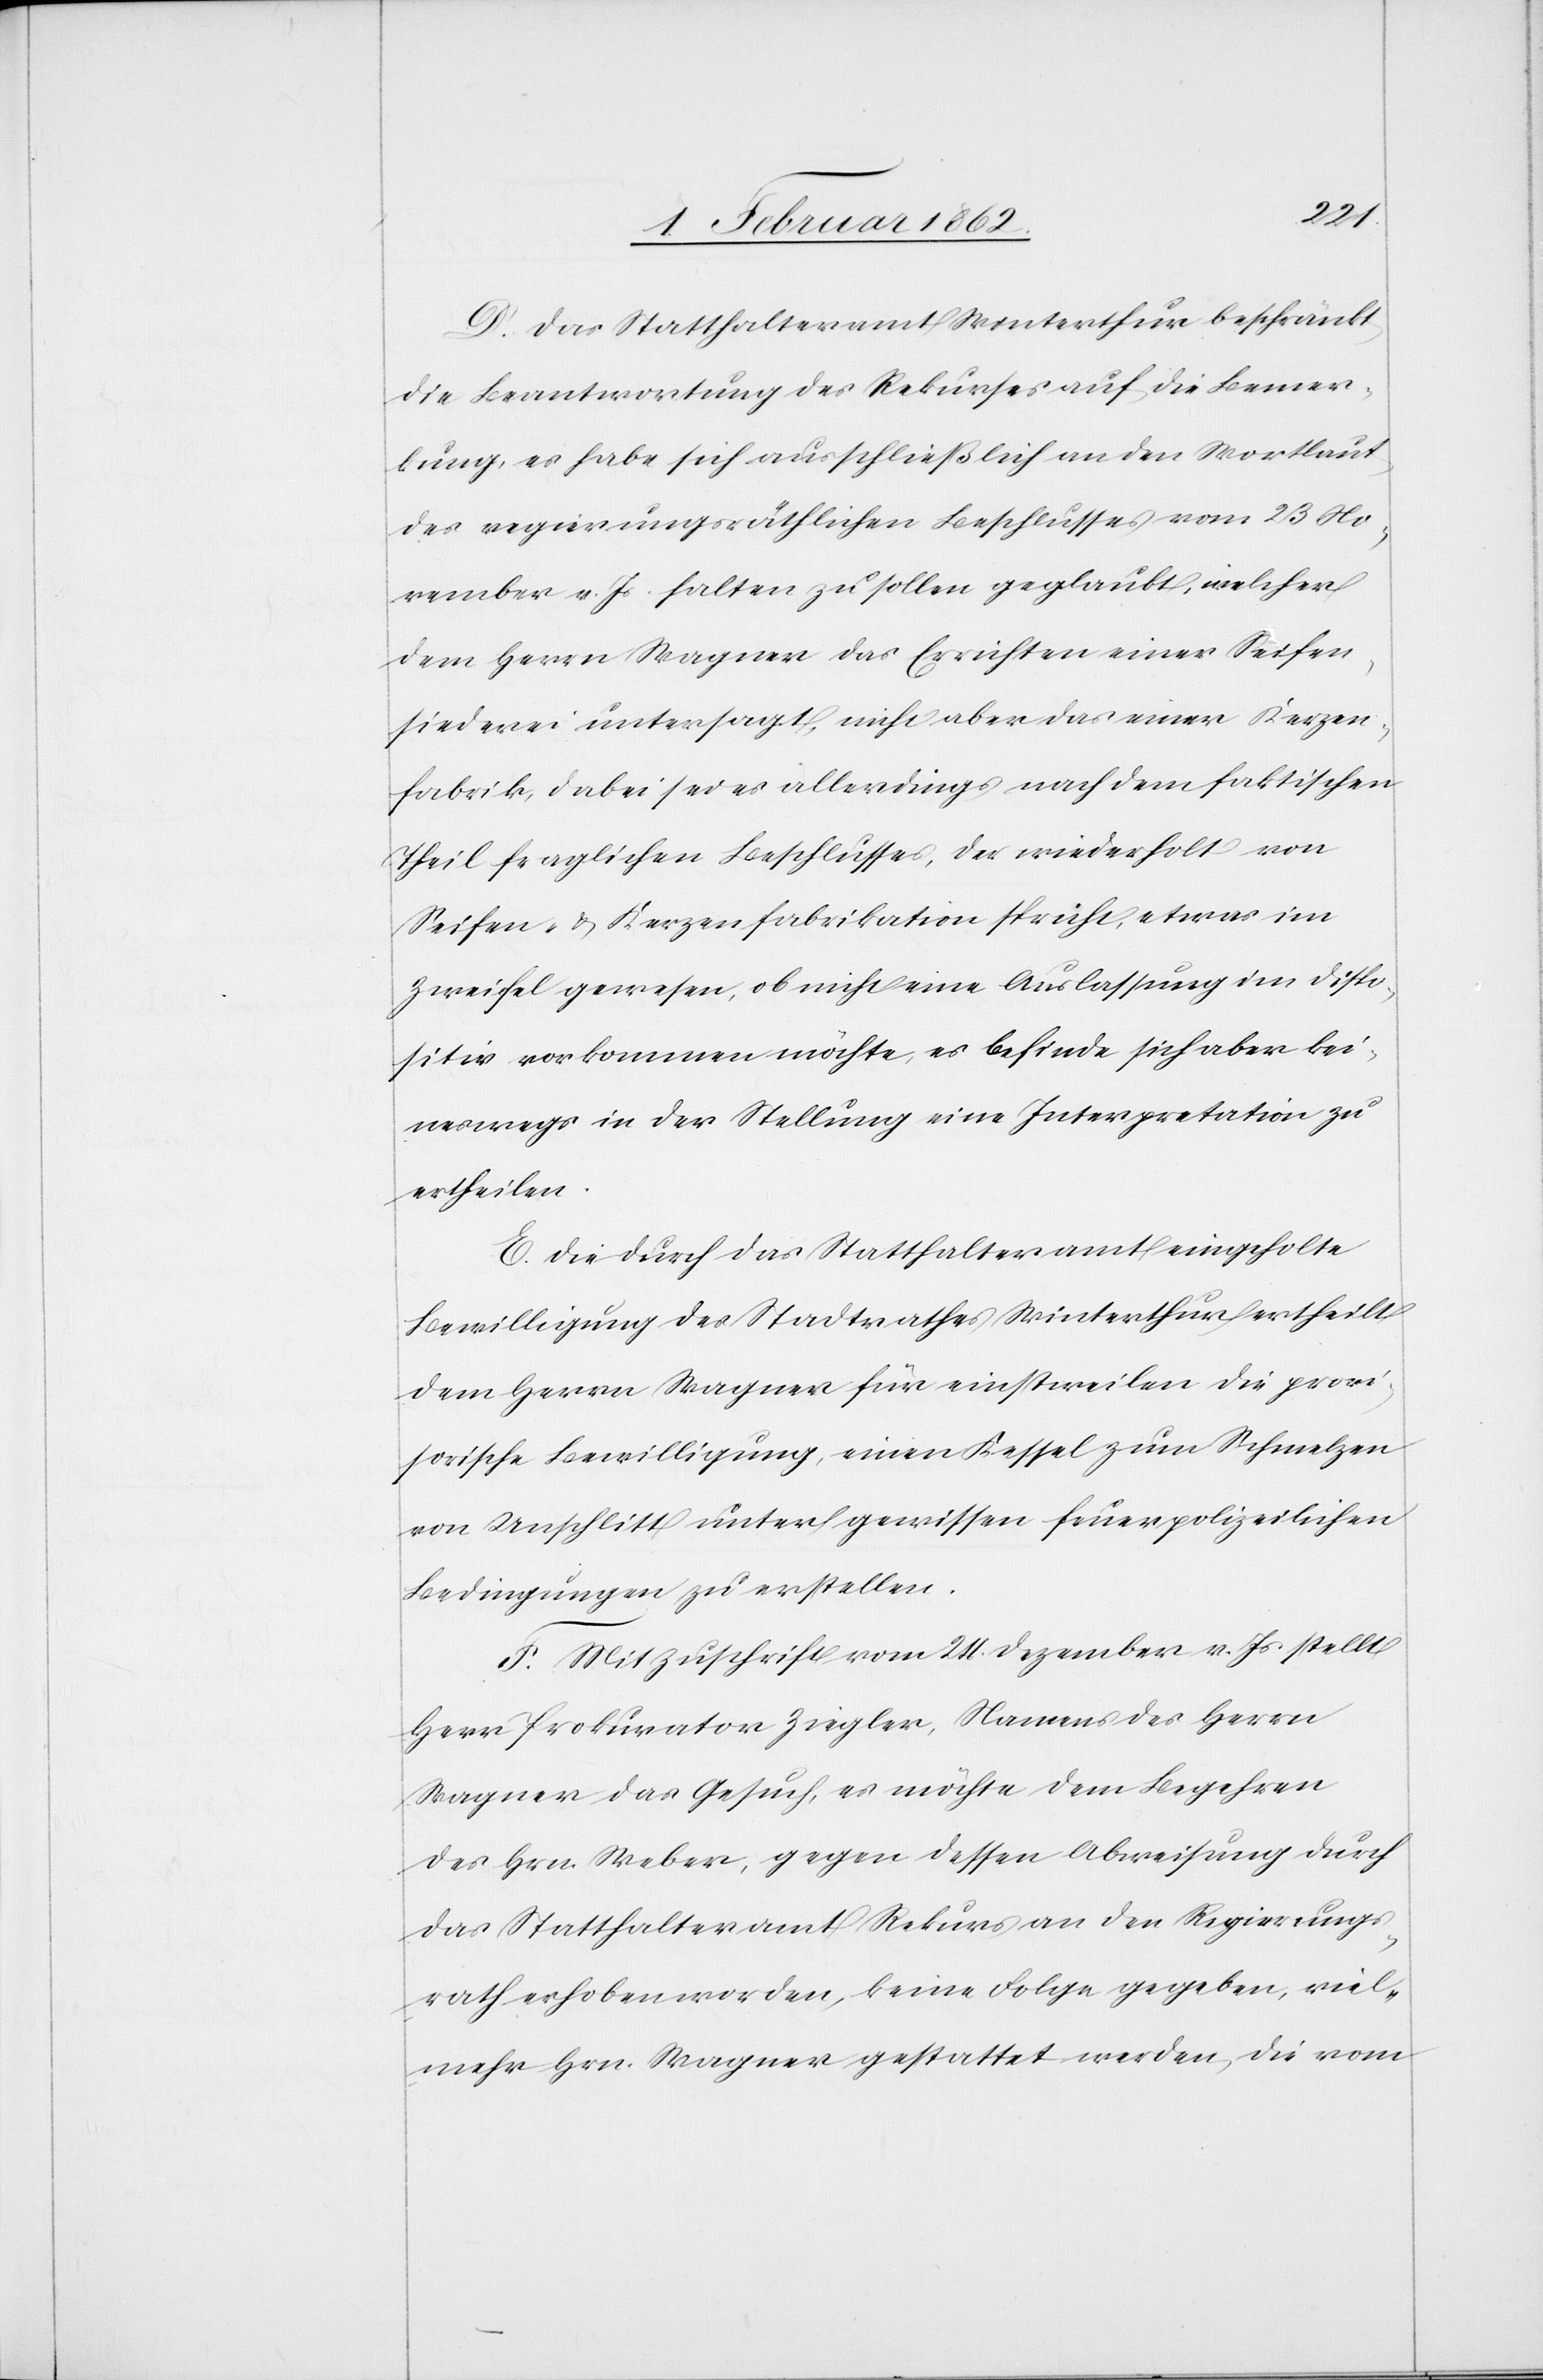
D. Das Statthalteramt Winterthur beschränkt
die Beantwortung des Rekurses auf die Bemer¬
kung, es habe sich ausschließlich an den Wortlaut
des regierungsräthlichen Beschlusses vom 23 No¬
vember v. Js. halten zu sollen geglaubt, welcher
dem Herrn Wagner das Errichten einer Seifen¬
siederei untersagt, nicht aber das einer Kerzen¬
fabrik, dabei sei es allerdings nach dem faktischen
Theil fraglichen Beschlusses, der wiederholt von
Seifen- & Kerzenfabrikation spricht, etwas im
Zweifel gewesen, ob nicht eine Auslassung im Dispo¬
sitiv vorkommen möchte, es befinde sich aber kei¬
neswegs in der Stellung eine Interpretation zu
ertheilen.
E. Die durch das Statthalteramt eingeholte
Bewilligung des Stadtrathes Winterthur ertheilt
dem Herrn Wagner für einstweilen die provi¬
sorische Bewilligung, einen Kessel zum Schmelzen
von Unschlitt unter gewissen feuerpolizeilichen
Bedingungen zu erstellen.
F. Mit Zuschrift vom 24. Dezember v. Js stellt
Herr Prokurator Ziegler, Namens des Herrn
Wagner das Gesuch, es möchte dem Begehren
des Hrn. Weber, gegen dessen Abweisung durch
das Statthalteramt Rekurs an den Regierungs¬
rath erhoben worden, keine Folge gegeben, viel¬
mehr Hrn. Wagner gestattet werden, die vom